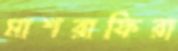
মাশরাফিরা